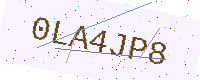
Text: 0LA4JP8